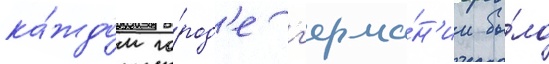
ка́ждом го́род'е г'ерма́н'ии бы́ло